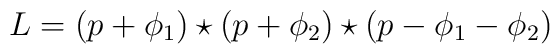
L=(p+\phi_1)\star(p+\phi_2)\star(p-\phi_1-\phi_2)